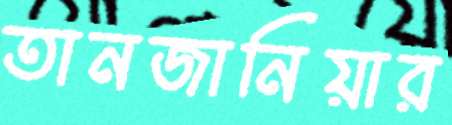
তানজানিয়ার